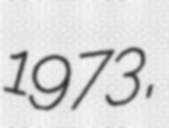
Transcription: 1973,